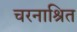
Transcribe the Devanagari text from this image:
चरनाश्रित